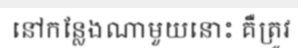
នៅកន្លែងណាមួយនោះ គឺត្រូវ